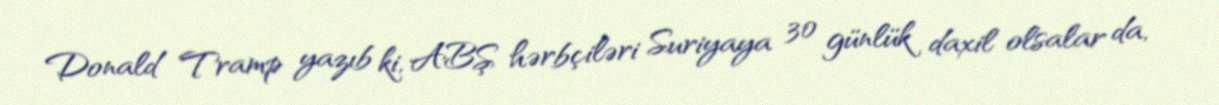
Donald Tramp yazıb ki, ABŞ hərbçiləri Suriyaya 30 günlük daxil olsalar da,